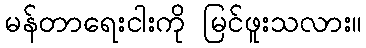
မန်တာရေးငါးကို မြင်ဖူးသလား။